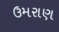
ઉમરાણ